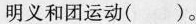
明义和团运动()。